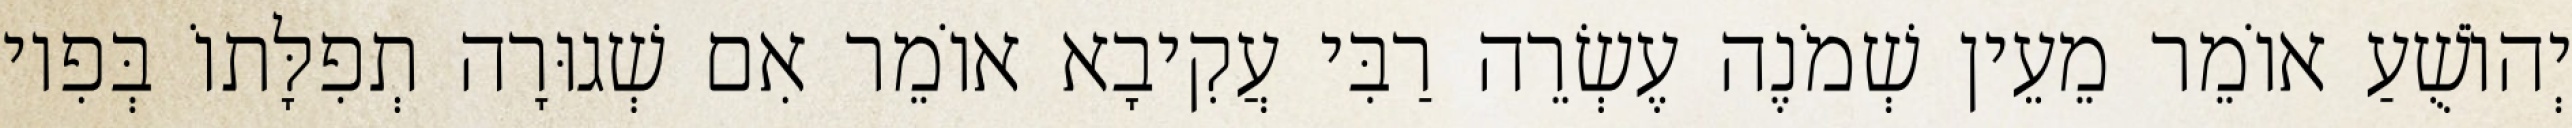
יְהוֹשֻׁעַ אוֹמֵר מֵעֵין שְׁמֹנֶה עֶשְׂרֵה רַבִּי עֲקִיבָא אוֹמֵר אִם שְׁגוּרָה תְפִלָּתוֹ בְּפִיו